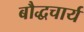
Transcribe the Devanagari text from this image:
बौद्धचार्य